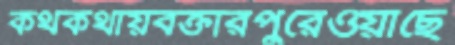
কথকথায়বক্তারপুরেওয়াছে